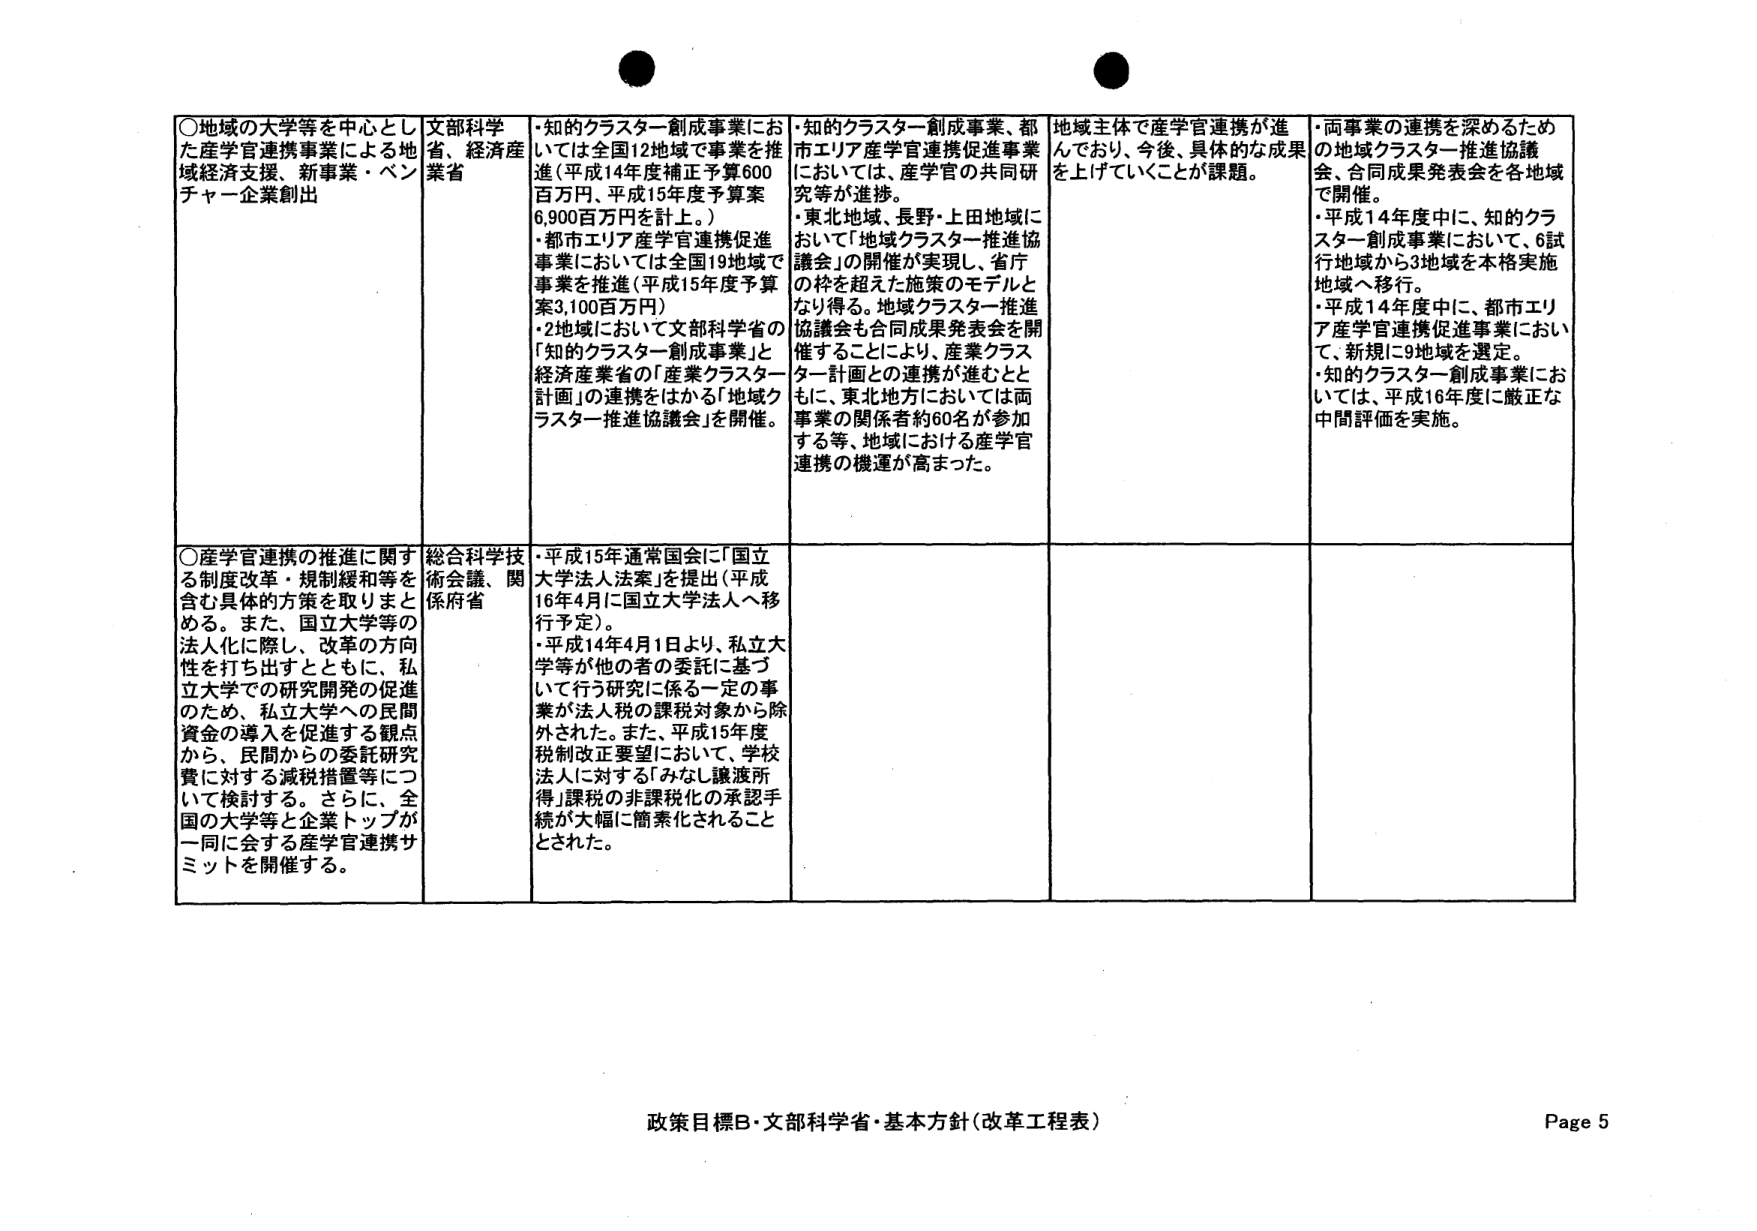
○地域の大学等を中心とした産学官連携事業による地域経済支援、新事業・ベンチャー企業創出
文部科学省、経済産業省
・知的クラスター創成事業においては全国12地域で事業を推進（平成14年度補正予算600百万円、平成15年度予算案6,900百万円を計上。）
・都市エリア産学官連携促進事業においては全国19地域で事業を推進（平成15年度予算案3,100百万円）
・2地域において文部科学省の「知的クラスター創成事業」と経済産業省の「産業クラスター計画」の連携をはかる「地域クラスター推進協議会」を開催。
・知的クラスター創成事業、都市エリア産学官連携促進事業においては、産学官の共同研究等が進捗。
・東北地域、長野・上田地域において「地域クラスター推進協議会」の開催が実現し、省庁の枠を超えた施策のモデルとなり得る。地域クラスター推進協議会も合同成果発表会を開催することにより、産業クラスター計画との連携が進むとともに、東北地方においては両事業の関係者約60名が参加する等、地域における産学官連携の機運が高まった。
地域主体で産学官連携が進んでおり、今後、具体的な成果を上げていくことが課題。
・両事業の連携を深めるための地域クラスター推進協議会、合同成果発表会を各地域で開催。
・平成14年度中に、知的クラスター創成事業において、6試行地域から3地域を本格実施地域へ移行。
・平成14年度中に、都市エリア産学官連携促進事業において、新規に9地域を選定。
・知的クラスター創成事業においては、平成16年度に厳正な中間評価を実施。

○産学官連携の推進に関する制度改革・規制緩和等を含む具体的方策を取りまとめる。また、国立大学等の法人化に際し、改革の方向性を打ち出すとともに、私立大学での研究開発の促進のため、私立大学への民間資金の導入を促進する観点から、民間からの委託研究費に対する減税措置等について検討する。さらに、全国の大学等と企業トップが一同に会する産学官連携サミットを開催する。
総合科学技術会議、関係府省
・平成15年通常国会に「国立大学法人法案」を提出（平成16年4月に国立大学法人へ移行予定）。
・平成14年4月1日より、私立大学等が他の者の委託に基づいて行う研究に係る一定の事業が法人税の課税対象から除外された。また、平成15年度税制改正要望において、学校法人に対する「みなし譲渡所得」課税の非課税化の承認手続が大幅に簡素化されることとされた。

政策目標B・文部科学省・基本方針（改革工程表）
Page 5